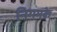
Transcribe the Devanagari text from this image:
निगमके